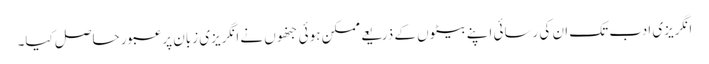
انگریزی ادب تک ان کی رسائی اپنے بیٹوں کے ذریعے ممکن ہوئی جنھوں نے انگریزی زبان پر عبور حاصل کیا۔